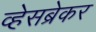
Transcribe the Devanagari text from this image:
व्हेसब्रेकर